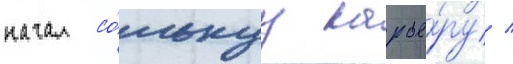
начал со́льнуу карье́ру /